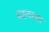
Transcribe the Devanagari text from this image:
बस्तरहा